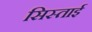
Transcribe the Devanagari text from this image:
सिस्ताई